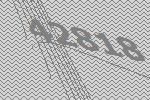
42818